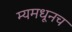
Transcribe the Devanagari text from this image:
म्यमधूनच